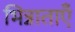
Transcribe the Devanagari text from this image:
भिन्नाताएँ